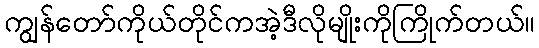
ကျွန်တော်ကိုယ်တိုင်ကအဲ့ဒီလိုမျိုးကိုကြိုက်တယ်။